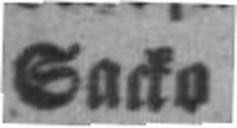
Sacko